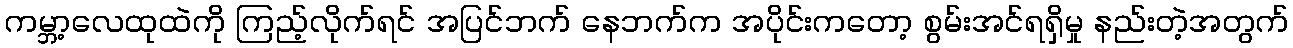
ကမ္ဘာ့လေထုထဲကို ကြည့်လိုက်ရင် အပြင်ဘက် နေဘက်က အပိုင်းကတော့ စွမ်းအင်ရရှိမှု နည်းတဲ့အတွက်